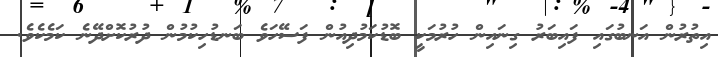
އިތުރުން އަނބުގައި ފައިބަރު ގިނައިން ހުރުމަކީ ބޮޑުކަމުދިއުން ފަސޭހަވެ ބަނޑުހިކުމުން ދުރުކޮށްދޭނެ ކަމެކެވެ.